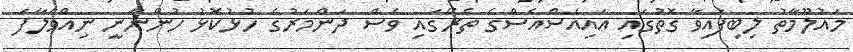
މައުލޫމާތު ލިބިފައިވާ ގޮތުގައި އައިއެސްއެސްގެ ތެރޭގައި ވެސް ދަންމަރުގެ ހުޅުކޮޅު ހުންނާނީ ނިއްވާލާފަ